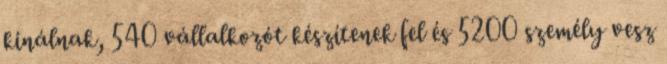
kinálnak, 540 vállalkozót készítenek fel és 5200 személy vesz